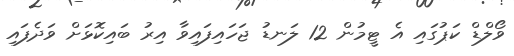
ވޯލްޑް ކަޕުގައި އެ ޓީމުން 12 ލަނޑު ޖަހައިފައިވާ އިރު ބައިކޮޅަށް ވަދެފައި